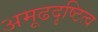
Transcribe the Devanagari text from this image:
अमूढदृष्टित्व